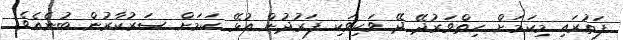
ފަތުރައި މިކަމަށް ހިތްވަރުދޭ ދޭ ވަކިވަކި ފަރުދުން އުޅޭ ކަމަށް ސަރުކާރުން ބުނެއެވެ.